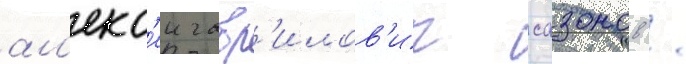
ал'екс'еи гавр'илов'ич сазонов /